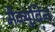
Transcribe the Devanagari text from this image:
मैक्युबिन